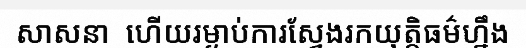
សាសនា  ហើយរម្ងាប់ការស្វែងរកយុត្តិធម៌ហ្នឹង